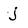
Character: j